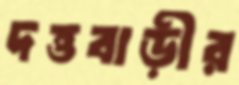
দত্তবাড়ীর